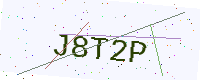
Text: J8T2P